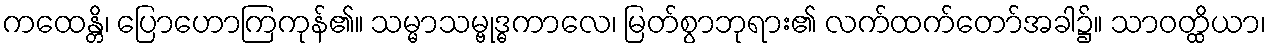
ကထေန္တိ၊ ပြောဟောကြကုန်၏။ သမ္မာသမ္ဗုဒ္ဓကာလေ၊ မြတ်စွာဘုရား၏ လက်ထက်တော်အခါ၌။ သာဝတ္ထိယာ၊